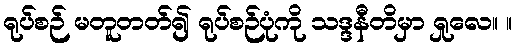
ရုပ်စဉ် မတူတတ်၍ ရုပ်စဉ်ပုံကို သဒ္ဒနီတိမှာ ရှုလေ။ ။